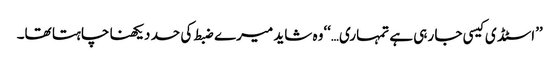
’’اسٹڈی کیسی جا رہی ہے تمہاری…‘‘وہ شاید میرے ضبط کی حد دیکھنا چاہتا تھا۔